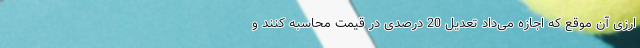
ارزی آن موقع که اجازه می‌داد تعدیل 20 درصدی در قیمت محاسبه کنند و